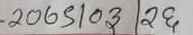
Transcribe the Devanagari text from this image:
-२०६९०३।२६